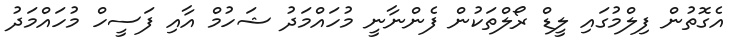
އެގޮތުން ފިލްމުގައި ލީޑް ރޯލްތަކުން ފެންނާނީ މުހައްމަދު ޝަހުމް އާއި ފަސީހް މުހައްމަދު